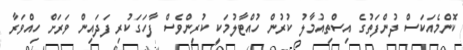
ކޮންމެއަކަސް ދުންފަތުގެ އިސްތިއުމާލު ކުރުން ހުއްޓާލުމަކީ ކުރިންވެސް ފާހަގަކުރި ފަދައިން ވަރަށް ހިއްވަރާ